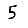
Digit: 5